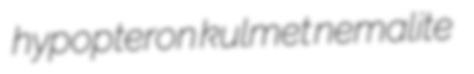
hypopteron kulmet nemalite